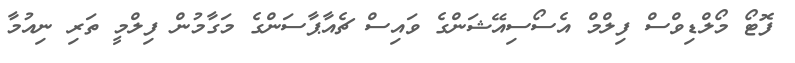
ފޮޓޯ މޯލްޑިވްސް ފިލްމް އެސޯސިއޭޝަންގެ ވައިސް ޗެއާޕާސަންގެ މަގާމުން ފިލްމީ ތަރި ނިއުމާ